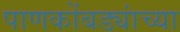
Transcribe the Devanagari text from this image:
पाणकोंबड्यांच्या